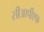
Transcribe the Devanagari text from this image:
सीआर्पीएफ